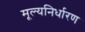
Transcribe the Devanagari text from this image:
मूल्‍यनिर्धारण